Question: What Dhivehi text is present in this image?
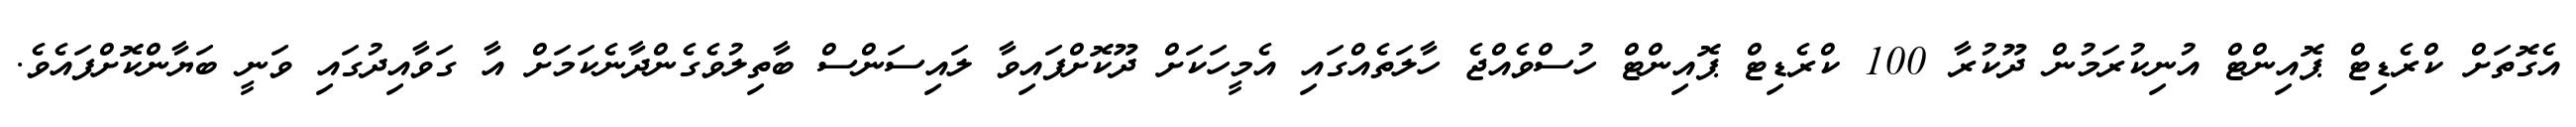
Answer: އެގޮތަށް ކްރެޑިޓް ޕޮއިންޓް އުނިކުރަމުން ދޫކުރާ 100 ކްރެޑިޓް ޕޮއިންޓް ހުސްވެއްޖެ ހާލަތެއްގައި އެމީހަކަށް ދޫކޮށްފައިވާ ލައިސަންސް ބާތިލުވެގެންދާނެކަމަށް އާ ގަވާއިދުގައި ވަނީ ބަޔާންކޮށްފައެވެ.